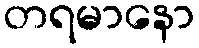
တရမာနော